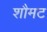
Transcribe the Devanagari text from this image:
शौमट